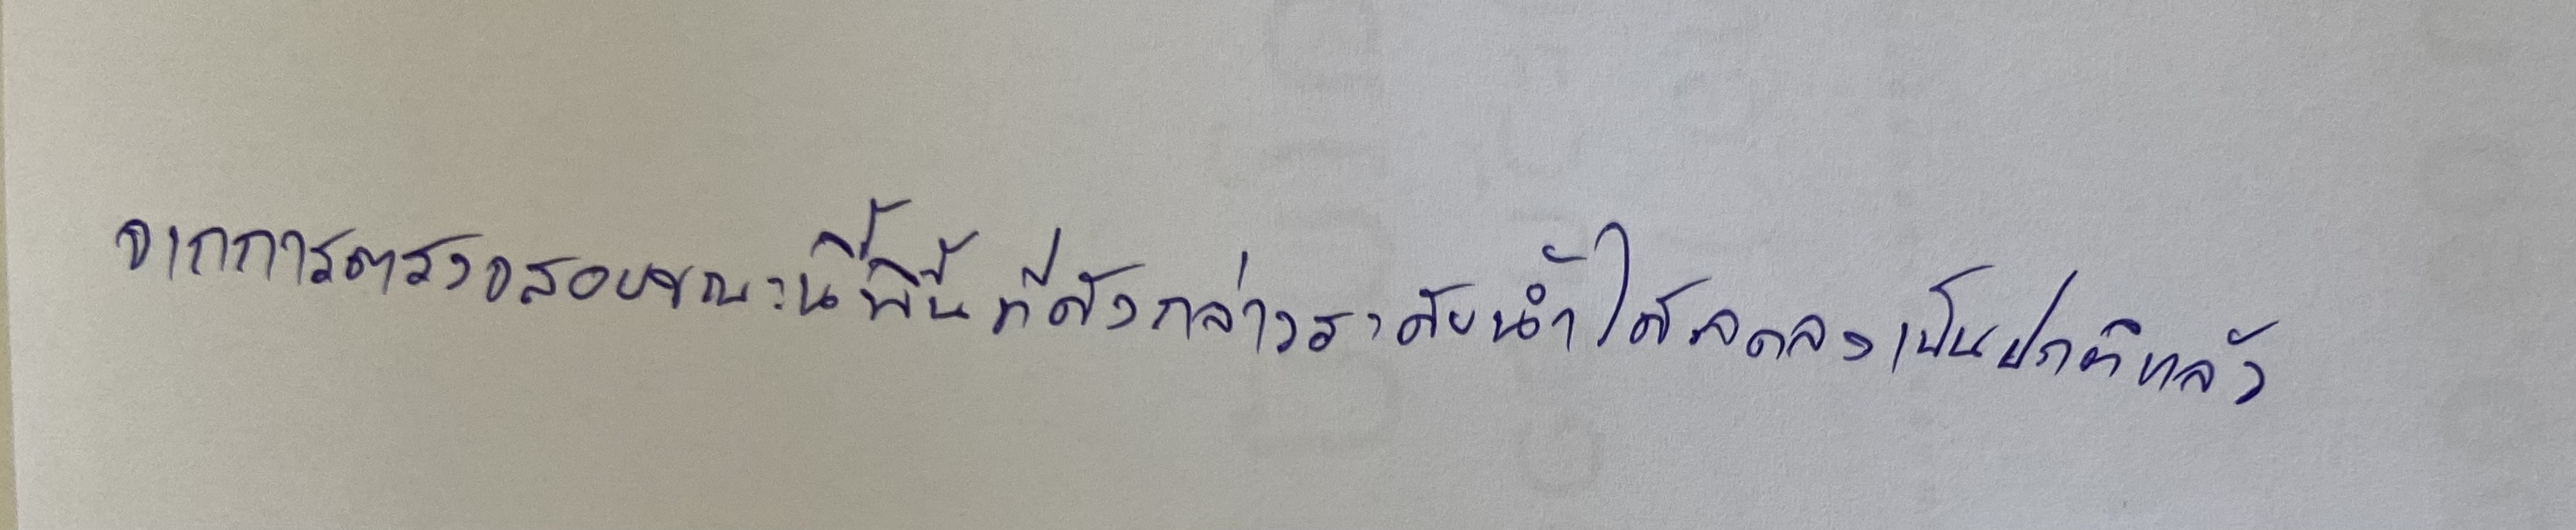
จากการตรวจสอบขณะนี้พื้นที่ดังกล่าวระดับน้ำได้ลดลงเป็นปกติแล้ว